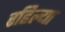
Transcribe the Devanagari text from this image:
रहिल्या